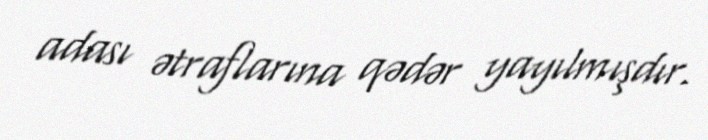
adası ətraflarına qədər yayılmışdır.